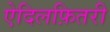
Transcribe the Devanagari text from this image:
ऐदिलफ़ितरी